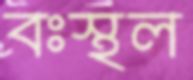
বঃস্থল